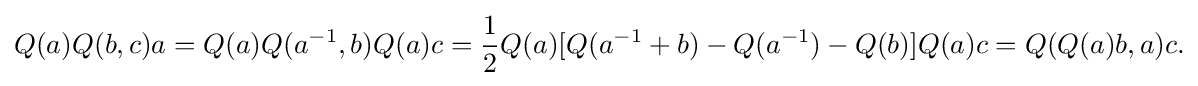
\displaystyle {Q(a)Q(b,c)a=Q(a)Q(a^{-1},b)Q(a)c={\frac {1}{2}}Q(a)[Q(a^{-1}+b)-Q(a^{-1})-Q(b)]Q(a)c=Q(Q(a)b,a)c.}